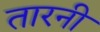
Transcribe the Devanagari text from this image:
तारनी